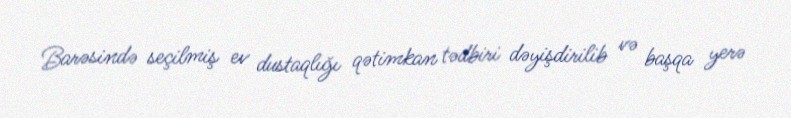
Barəsində seçilmiş ev dustaqlığı qətimkan tədbiri dəyişdirilib və başqa yerə